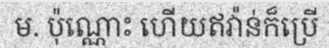
ម. ប៉ុណ្ណោះ ហើយឥវ៉ាន់ក៏ប្រើ